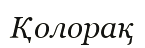
Қолорақ